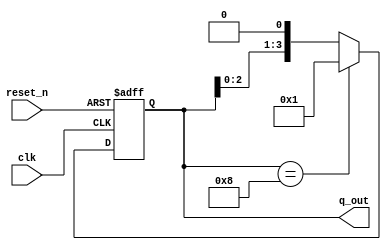
`timescale 1ns / 1ps
//////////////////////////////////////////////////////////////////////////////////
// Company: 
// Engineer: 
// 
// Design Name: 
// Module Name: lab33_upcount
// Project Name: 
// Target Devices: 
// Tool Versions: 
// Description: 
// 
// Dependencies: 
// 
// Revision:
// Revision 0.01 - File Created
// Additional Comments:
// 
//////////////////////////////////////////////////////////////////////////////////


module lab33_upcount(
                    input clk, reset_n,
                    output reg [3:0]q_out
    );
    always @(posedge clk or negedge reset_n)
    begin
        if(!reset_n)
        begin
            q_out <= 4'b0001;
        end
        else 
        begin
                if(q_out == 4'b1000)
                    q_out <= 4'b0001;
                else
                   // q_out <= q_out * 4'b0010;
                    q_out <= q_out << 1;
        end 
    end
endmodule